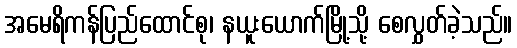
အမေရိကန်ပြည်ထောင်စု၊ နယူးယောက်မြို့သို့ စေလွှတ်ခဲ့သည်။